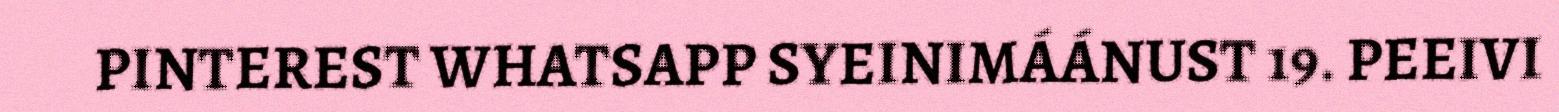
PINTEREST WHATSAPP SYEINIMÁÁNUST 19. PEEIVI